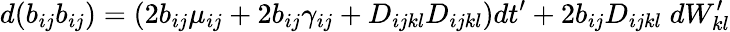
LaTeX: d(b_{ij}b_{ij})=(2b_{ij}\mu_{ij}+2b_{ij}\gamma_{ij}+D_{ijkl}D_{ijkl})dt^{\prime}+2b_{ij}D_{ijkl}\; dW_{kl}^{\prime}